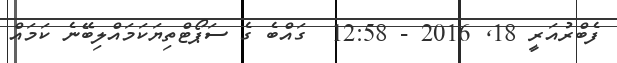
ފެބްރުއަރީ 18